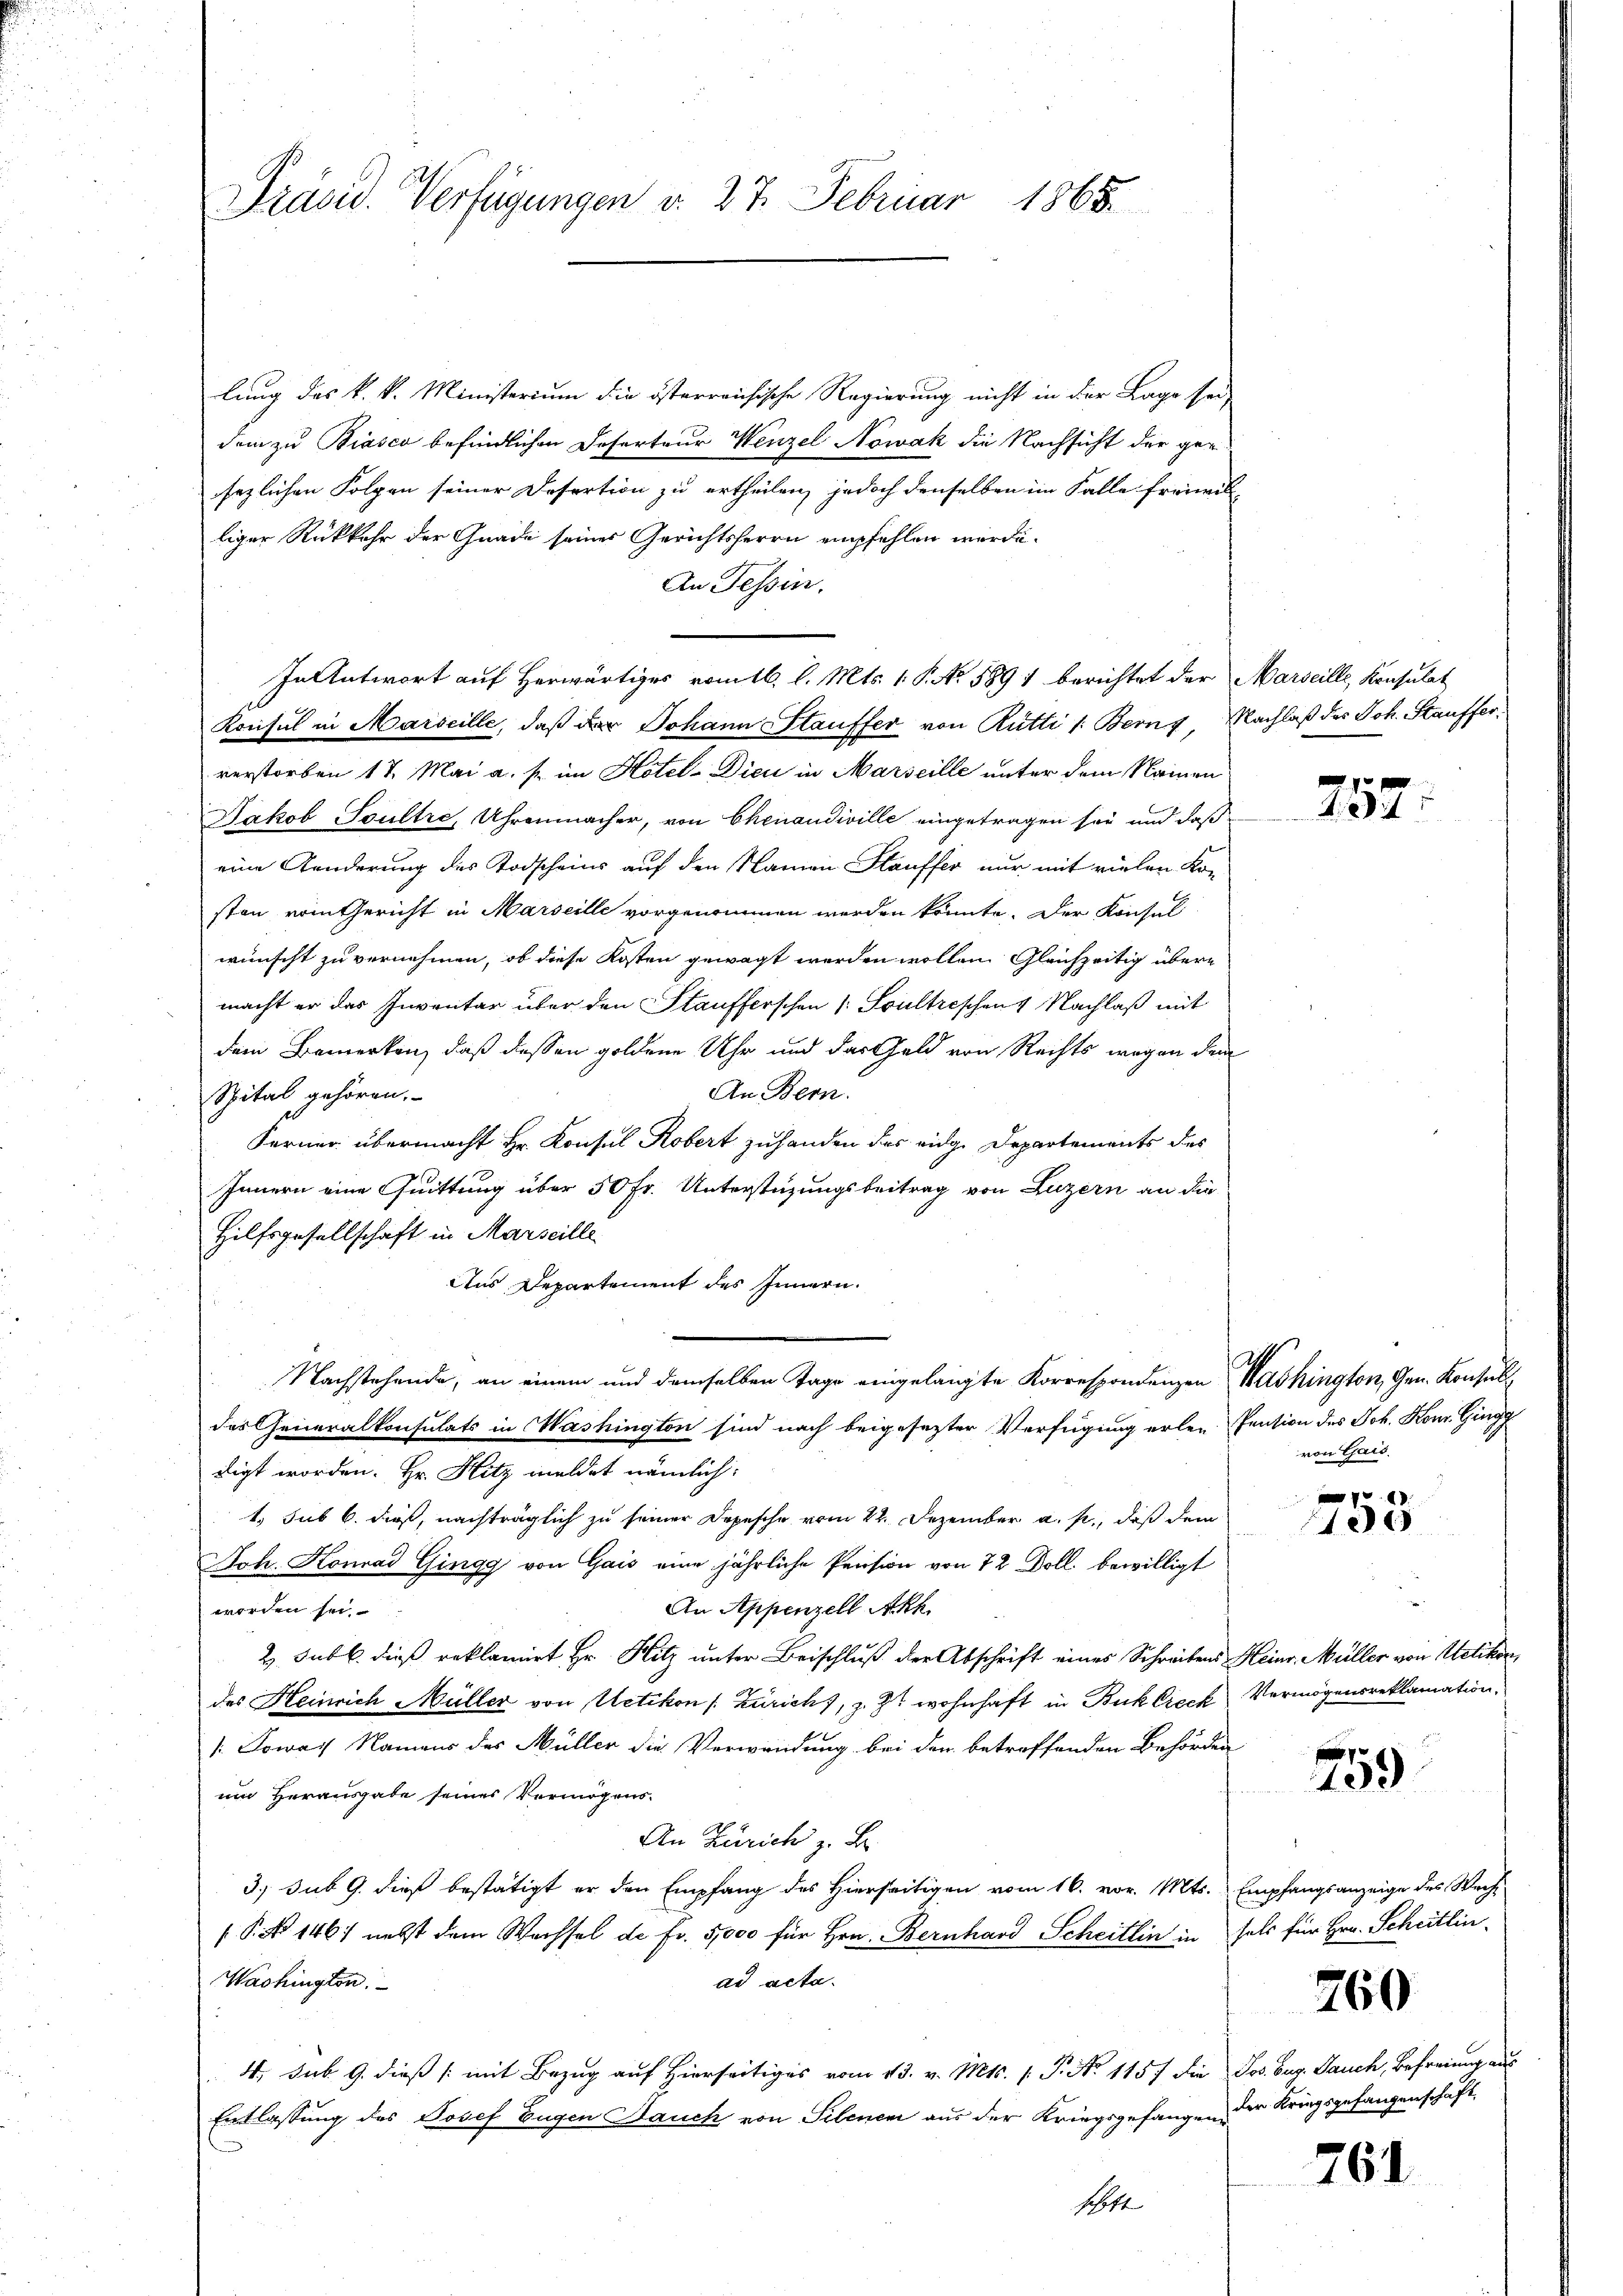
Präved. Verfügungen d. 27. Februar 1868.

lung des k. k. Ministerium die österreichische Regierung nicht in der Lage sei
dem zu Biasco befindlichen Deserteur Wenzel Nowak die Nachsicht der geg
sezlichen Folgen seiner Desertion zu ertheilen, jedoch denselben im Falle freimes
liger Rückkehr der Gnade seines Gerichtsherrn empfehlen werde.
An Tessin.
In Antwort auf Herwärtiges romtl. l. Mts. 1 S. No. 5891 berichtet der Marseille, Konsulat
Konsul in Marseille, daß der Johann Stauffer von Rütti /: Bern, Nachlaß des Joh. Staufferverstorben 17. Mai a. s. im Hotel-Dicu in Marseille unter dem Namen
Jakob Soultre, Uhrenmacher, von Chenaudiville eingetragen sei und daß
eine Aenderung des Todscheins auf den Namen Stauffer nur mit vielen Ko-
sten vom Gericht in Marseille vorgenommen werden könnte. Der Konsul
wünscht zu vernehmen, ob diese Kosten gewagt werden wollen Gleichzeitig übere
macht er das Inventar über den Staufferschen (: Soultrischen Nachlaß mit
dem Bemerken, daß dessen goldene Uhr und der Geld von Rechts wegen dem
An Bern.
Spital gehören.
Ferner übermacht Hr. Konsul Kobert zuhanden des eidge Departements des
Innern eine Quittung über 50 Fr. Unterstüzungsbeitrag von Luzern an die
Hilfsgesellschaft in Marseille
Aus Departement des Innern.
Nachstehende, an einem und demselben Tage eingelangte Korrespondenzen Washington, Gen. Konsult
des Generalkonsulats in Washington sind nach beigesezter Verfügung erlen-Pension des Joh. Konr. Gingg
digt worden. Hr. Hitz meldet nämlich:
1. sub 6. dieß, nachträglich zu seiner Depesche vom 22. Dezember a. p., daß dem
Ich. Konrad Gingg von Gais eine jährliche Pension von 72 Doll bewilligt
An Appenzell Akh
worden sei.
2 Subl. dieß reklamirt Hr. Hitz unter Beischluß der Abschrift eines Schreibens Heinr. Müller von Uetik
des Heinrich Müller von Uetikon /: Züricht, z. Z. wohnhaft in Buklrech Vermögensreklamation,
1. Sowas Namens des Müller die Verwendung bei den betreffenden Behörden
e
um Herausgabe seines Vermögens-
An Zürich z. B.
3. sub 9. dieß bestätigt er den Empfang des Hierseitigen vom 16. vor. Mts. Empfangsanzeige des Wech¬
( P. No 1467 nebst dem Wachsel de fr. 5,000 für Hrn. Bernhard Scheitlin in fals für Hrn. Scheitlin
ad acta.
Washington
4, sub 9. dieß (mit Bezug auf Hierseitiges vom 13. v. Mts. (T. No 115 f die Jos. Aug. Jauch, Befreiung an
Entlassung des Josef Eugen Hauch von Sebenen aus der Kriegsgefangen der Kriegsgefangenschaft
schaft

757

von Gais.

.
848

7
139

760

761